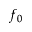
f _ { 0 }